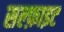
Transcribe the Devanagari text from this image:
सल्फ़ाइट